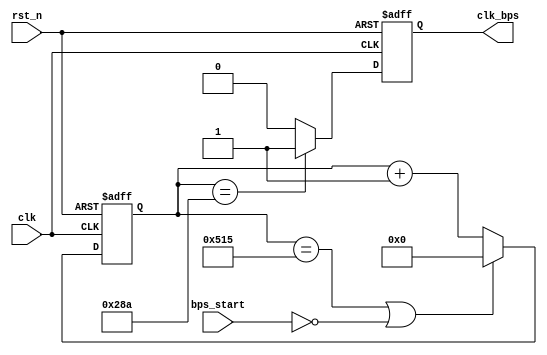
`timescale 1ns / 1ps
//////////////////////////////////////////////////////////////////////////////////
// Company: 
// Engineer: 
// 
// Design Name: 
// Module Name:    speed_select 
// Project Name: 
// Target Devices: 
// Tool versions: 
// Description: 
//
// Dependencies: 
//
// Revision: 
// Revision 0.01 - File Created
// Additional Comments: 
//
//////////////////////////////////////////////////////////////////////////////////
module speed_select(
				clk,rst_n,
				bps_start,clk_bps
			);

input clk;	// 50MHz
input rst_n;	//
input bps_start;	//
output clk_bps;	// clk_bps 

/*
parameter 		bps9600 	= 5207,	//9600bps
			 	bps19200 	= 2603,	//19200bps
				bps38400 	= 1301,	//38400bps
				bps57600 	= 867,	//57600bps
				bps115200	= 433;	//115200bps
            bps230400   =217
parameter 		bps9600_2 	= 2603,
				bps19200_2	= 1301,
				bps38400_2	= 650,
				bps57600_2	= 433,
				bps115200_2 = 216; 
            bps230400 =108				
*/

	//
`define		BPS_PARA		1301	//9600
`define 	BPS_PARA_2		650	//9600

reg[12:0] cnt;			//
reg clk_bps_r;			//

//----------------------------------------------------------
//reg[2:0] uart_ctrl;	// uart
//----------------------------------------------------------

always @ (posedge clk or negedge rst_n)
	if(!rst_n) cnt <= 13'd0;
	else if((cnt == `BPS_PARA) || !bps_start) cnt <= 13'd0;	//
	else cnt <= cnt+1'b1;			//

always @ (posedge clk or negedge rst_n)
	if(!rst_n) clk_bps_r <= 1'b0;
	else if(cnt == `BPS_PARA_2) clk_bps_r <= 1'b1;	// clk_bps_r
	else clk_bps_r <= 1'b0;

assign clk_bps = clk_bps_r;

endmodule